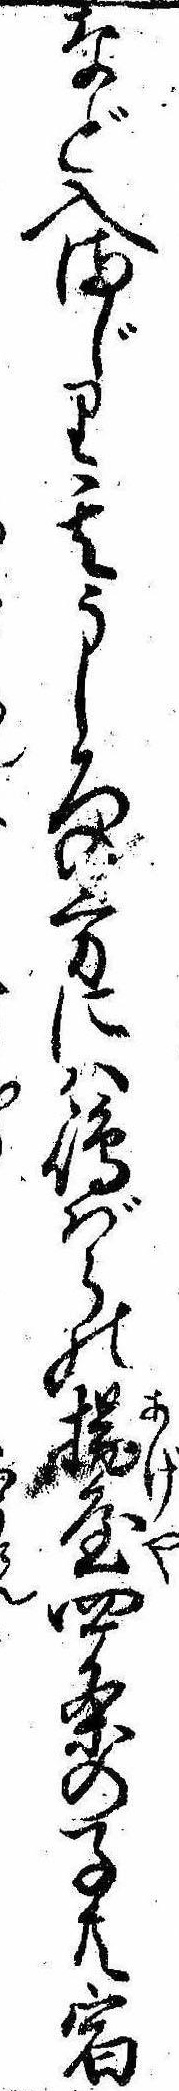
など入まじり其うしろの方には島ばらの揚屋四条の子共宿